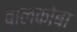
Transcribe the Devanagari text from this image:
बालकोबा